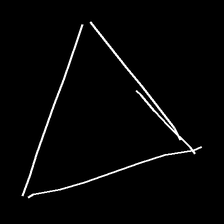
Glyph: convergence